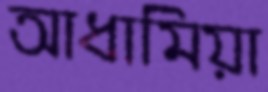
আধামিয়া